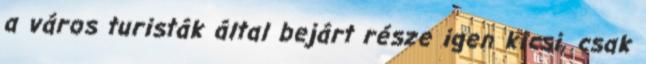
a város turisták által bejárt része igen kicsi, csak